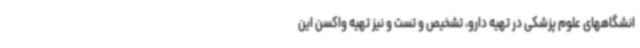
انشگاههای علوم پزشکی در تهیه دارو، تشخیص و تست و نیز تهیه واکسن این